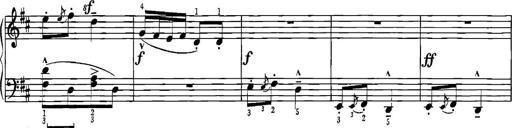
Title: Sonatina for Piano
Composer: BÃ©la BartÃ³k